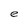
Character: e